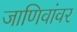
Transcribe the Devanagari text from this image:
जाणिवांवर